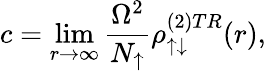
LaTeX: c=\operatorname*{lim}_{r\rightarrow\infty}\frac{\Omega^{2}}{N_{\uparrow}}\rho_{\uparrow\downarrow}^{(2)TR}(r),